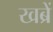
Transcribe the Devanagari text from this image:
खब्रें